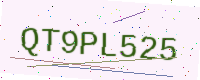
Text: QT9PL525